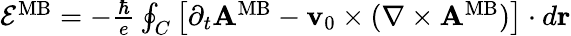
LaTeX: \begin{array}{r}{{\cal E}^{\mathrm{MB}}=-{\frac{\hbar}{e}}\oint_{C}\left[\partial_{t}{\mathbf A}^{\mathrm{MB}}-{\mathbf v}_{0}\times(\nabla\times{\mathbf A}^{\mathrm{MB}})\right]\cdot d{\mathbf r}}\end{array}